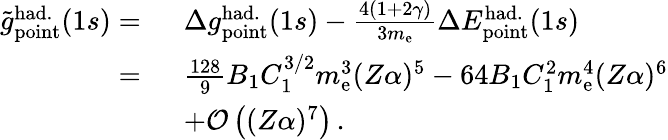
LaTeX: \begin{array}{rl}{\tilde{g}_{\mathrm{point}}^{\mathrm{had.}}(1s)=\ }&{\Delta{g}_{\mathrm{point}}^{\mathrm{had.}}(1s)-\frac{4(1+2\gamma)}{3m_{\mathrm{e}}}\Delta{E}_{\mathrm{point}}^{\mathrm{had.}}(1s)}\\ {=\ }&{\frac{128}{9}B_{1}C_{1}^{3/2}m_{\mathrm{e}}^{3}(Z\alpha)^{5}-64B_{1}C_{1}^{2}m_{\mathrm{e}}^{4}(Z\alpha)^{6}}\\ &{+\mathcal{O}\left((Z\alpha)^{7}\right)\, .}\end{array}